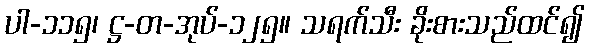
ပါ-၁၁၅၊ ဋ္ဌ-တ-အုပ်-၁၂၅။ သရက်သီး ခိုးစားသည်ထင်၍